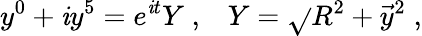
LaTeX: y^{0}+\mathit{i}y^{5}=e^{\mathit{i}t}Y\; ,\; \; \; Y=\sqrt{}{{R^{2}+\vec{{y}}{}^{2}}}\; ,